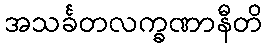
အသင်္ခတလက္ခဏာနီတိ